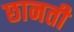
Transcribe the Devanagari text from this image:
छानती